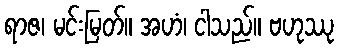
ရာဇ၊ မင်းမြတ်။ အဟံ၊ ငါသည်။ ဗဟုဿု